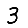
Digit: 3